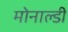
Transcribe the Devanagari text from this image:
मोनाल्डी